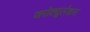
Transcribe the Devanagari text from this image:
फ्लोक्युलेशन